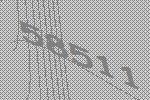
58511